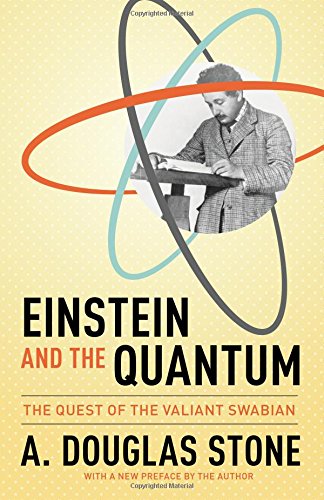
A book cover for Einstein and the Quantum: The Quest of the Valiant Swabian; A. Douglas Stone; Science & Math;